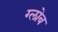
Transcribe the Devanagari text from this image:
ग्‍लोब